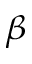
_ \beta